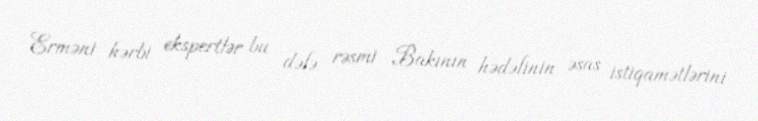
Erməni hərbi ekspertlər bu dəfə rəsmi Bakının hədəfinin əsas istiqamətlərini